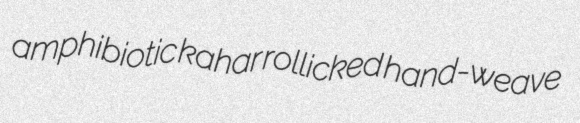
amphibiotic kahar rollicked hand-weave